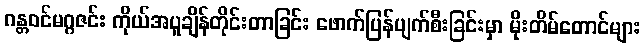
ဂန္တဝင်မဂ္ဂဇင်း ကိုယ်အပူချိန်တိုင်းတာခြင်း ဖောက်ပြန်ပျက်စီးခြင်းမှာ မိုးတိမ်တောင်များ